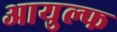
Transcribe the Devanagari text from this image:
आयुल्फ